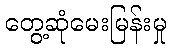
တွေ့ဆုံမေးမြန်းမှု